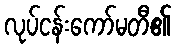
လုပ်ငန်းကော်မတီ၏